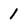
Character: 1